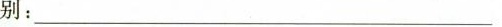
别：________________